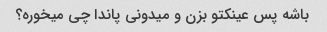
باشه پس عینکتو بزن و میدونی پاندا چی میخوره؟